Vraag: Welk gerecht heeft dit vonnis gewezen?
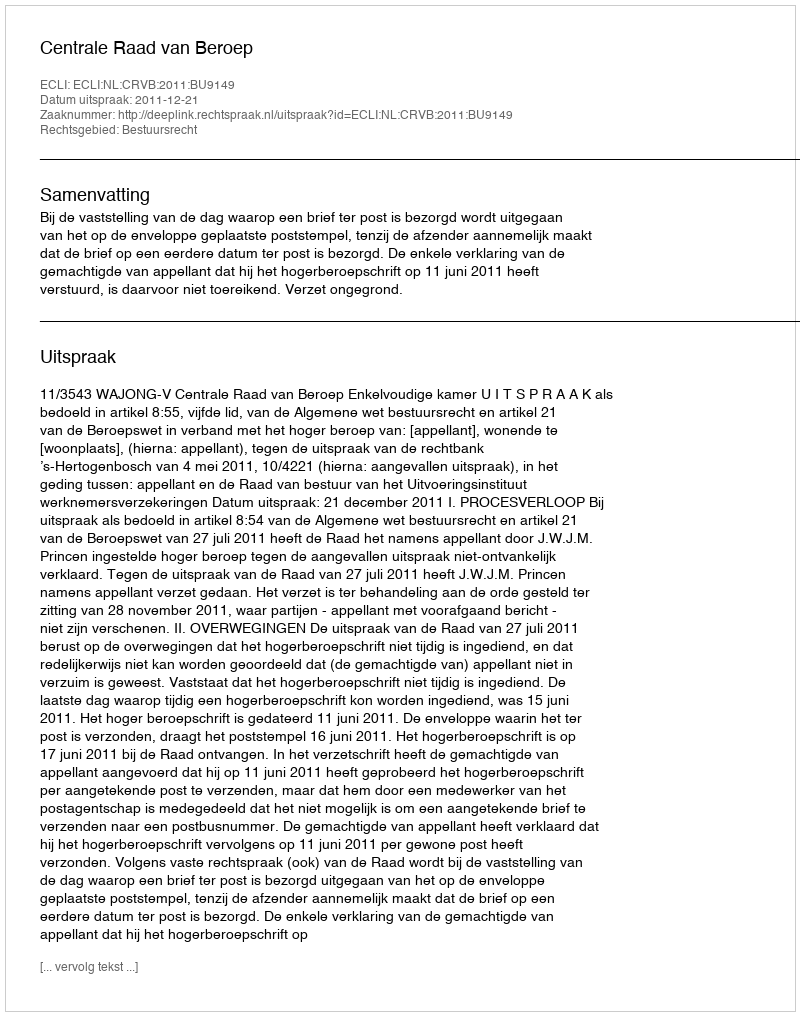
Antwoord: Centrale Raad van Beroep